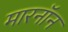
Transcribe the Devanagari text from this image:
मारनॉन